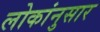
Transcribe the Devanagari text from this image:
लोकांनुसार